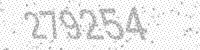
Solution: 279254